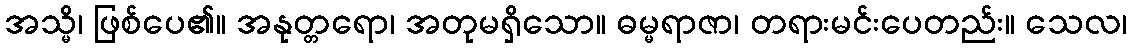
အသ္မိ၊ ဖြစ်ပေ၏။ အနုတ္တရော၊ အတုမရှိသော။ ဓမ္မရာဇာ၊ တရားမင်းပေတည်း။ သေလ၊